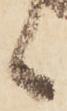
候